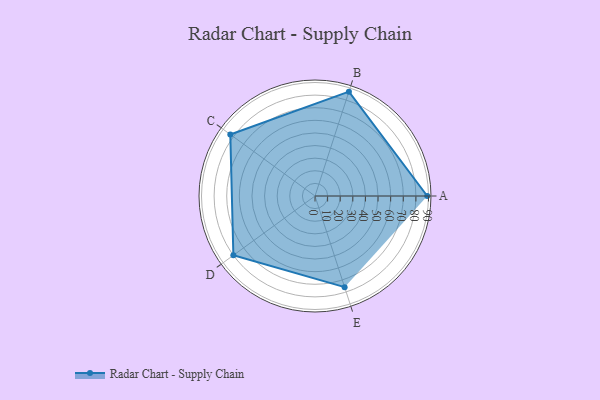
{"axis": {"x": "Skill", "y": "Score"}, "legend": ["Profile"], "data": [{"x": "A", "y": 89.0, "type": "Profile"}, {"x": "B", "y": 87.0, "type": "Profile"}, {"x": "C", "y": 83.0, "type": "Profile"}, {"x": "D", "y": 80.0, "type": "Profile"}, {"x": "E", "y": 76.0, "type": "Profile"}]}